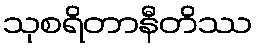
သုစရိတာနီတိဿ